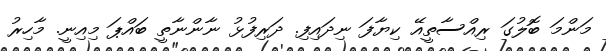
މަންމަ ބޮލުގަ ރިއްސާތީއޭ ކިޔާފަ ނިދައިފި. ދަރިފުޅު ނާންނާތީ ބައްޕަ މިއިނީ. މާހިރު